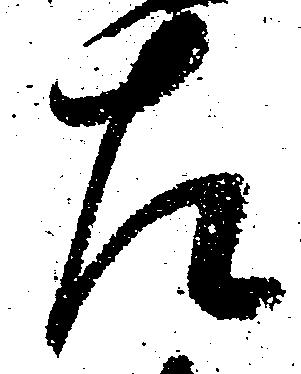
左